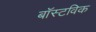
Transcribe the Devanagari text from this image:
बॉस्टविक